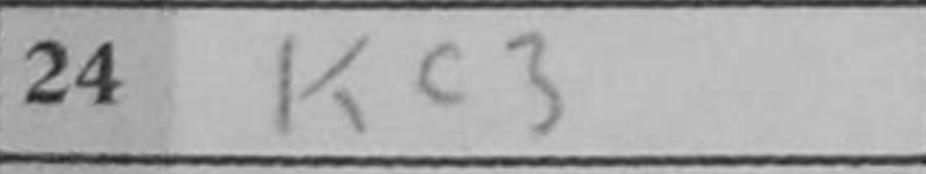
Transcription: Kc3